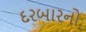
દરબારનો